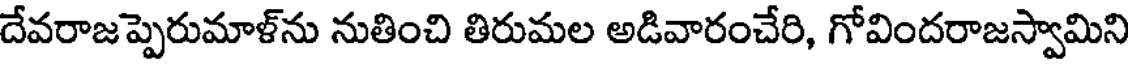
దేవరాజప్పెరుమాళ్ను నుతించి తిరుమల అడివారంచేరి, గోవిందరాజస్వామిని